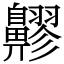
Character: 𪖷